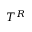
T ^ { R }